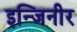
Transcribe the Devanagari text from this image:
इन्जिनीर